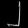
Digit: ၂